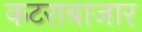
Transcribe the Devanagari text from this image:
कटराबाजार